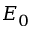
E _ { 0 }